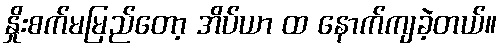
နှိုးစက်မမြည်တော့ အိပ်ယာ ထ နောက်ကျခဲ့တယ်။